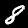
Digit: 8